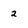
Character: 2